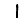
Digit: 1